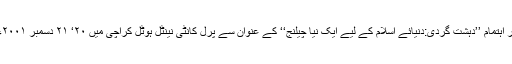
درج ذیل مقالہ جنگ گروپ پاکستان کے زیر اہتمام ’’دہشت گردی:دنیائے اسلام کے لیے ایک نیا چیلنج‘‘ کے عنوان سے پرل کانٹی نینٹل ہوٹل کراچی میں ۲۰‘ ۲۱ دسمبر ۲۰۰۱ء کو ہونے والے عالمی سیمینار میں پڑھاگیا۔